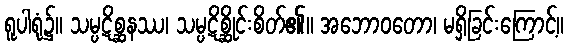
ရူပါရုံ၌။ သမ္ပဋိစ္ဆနဿ၊ သမ္ပဋိစ္ဆိုင်းစိတ်၏။ အဘောဝတော၊ မရှိခြင်းကြောင့်။